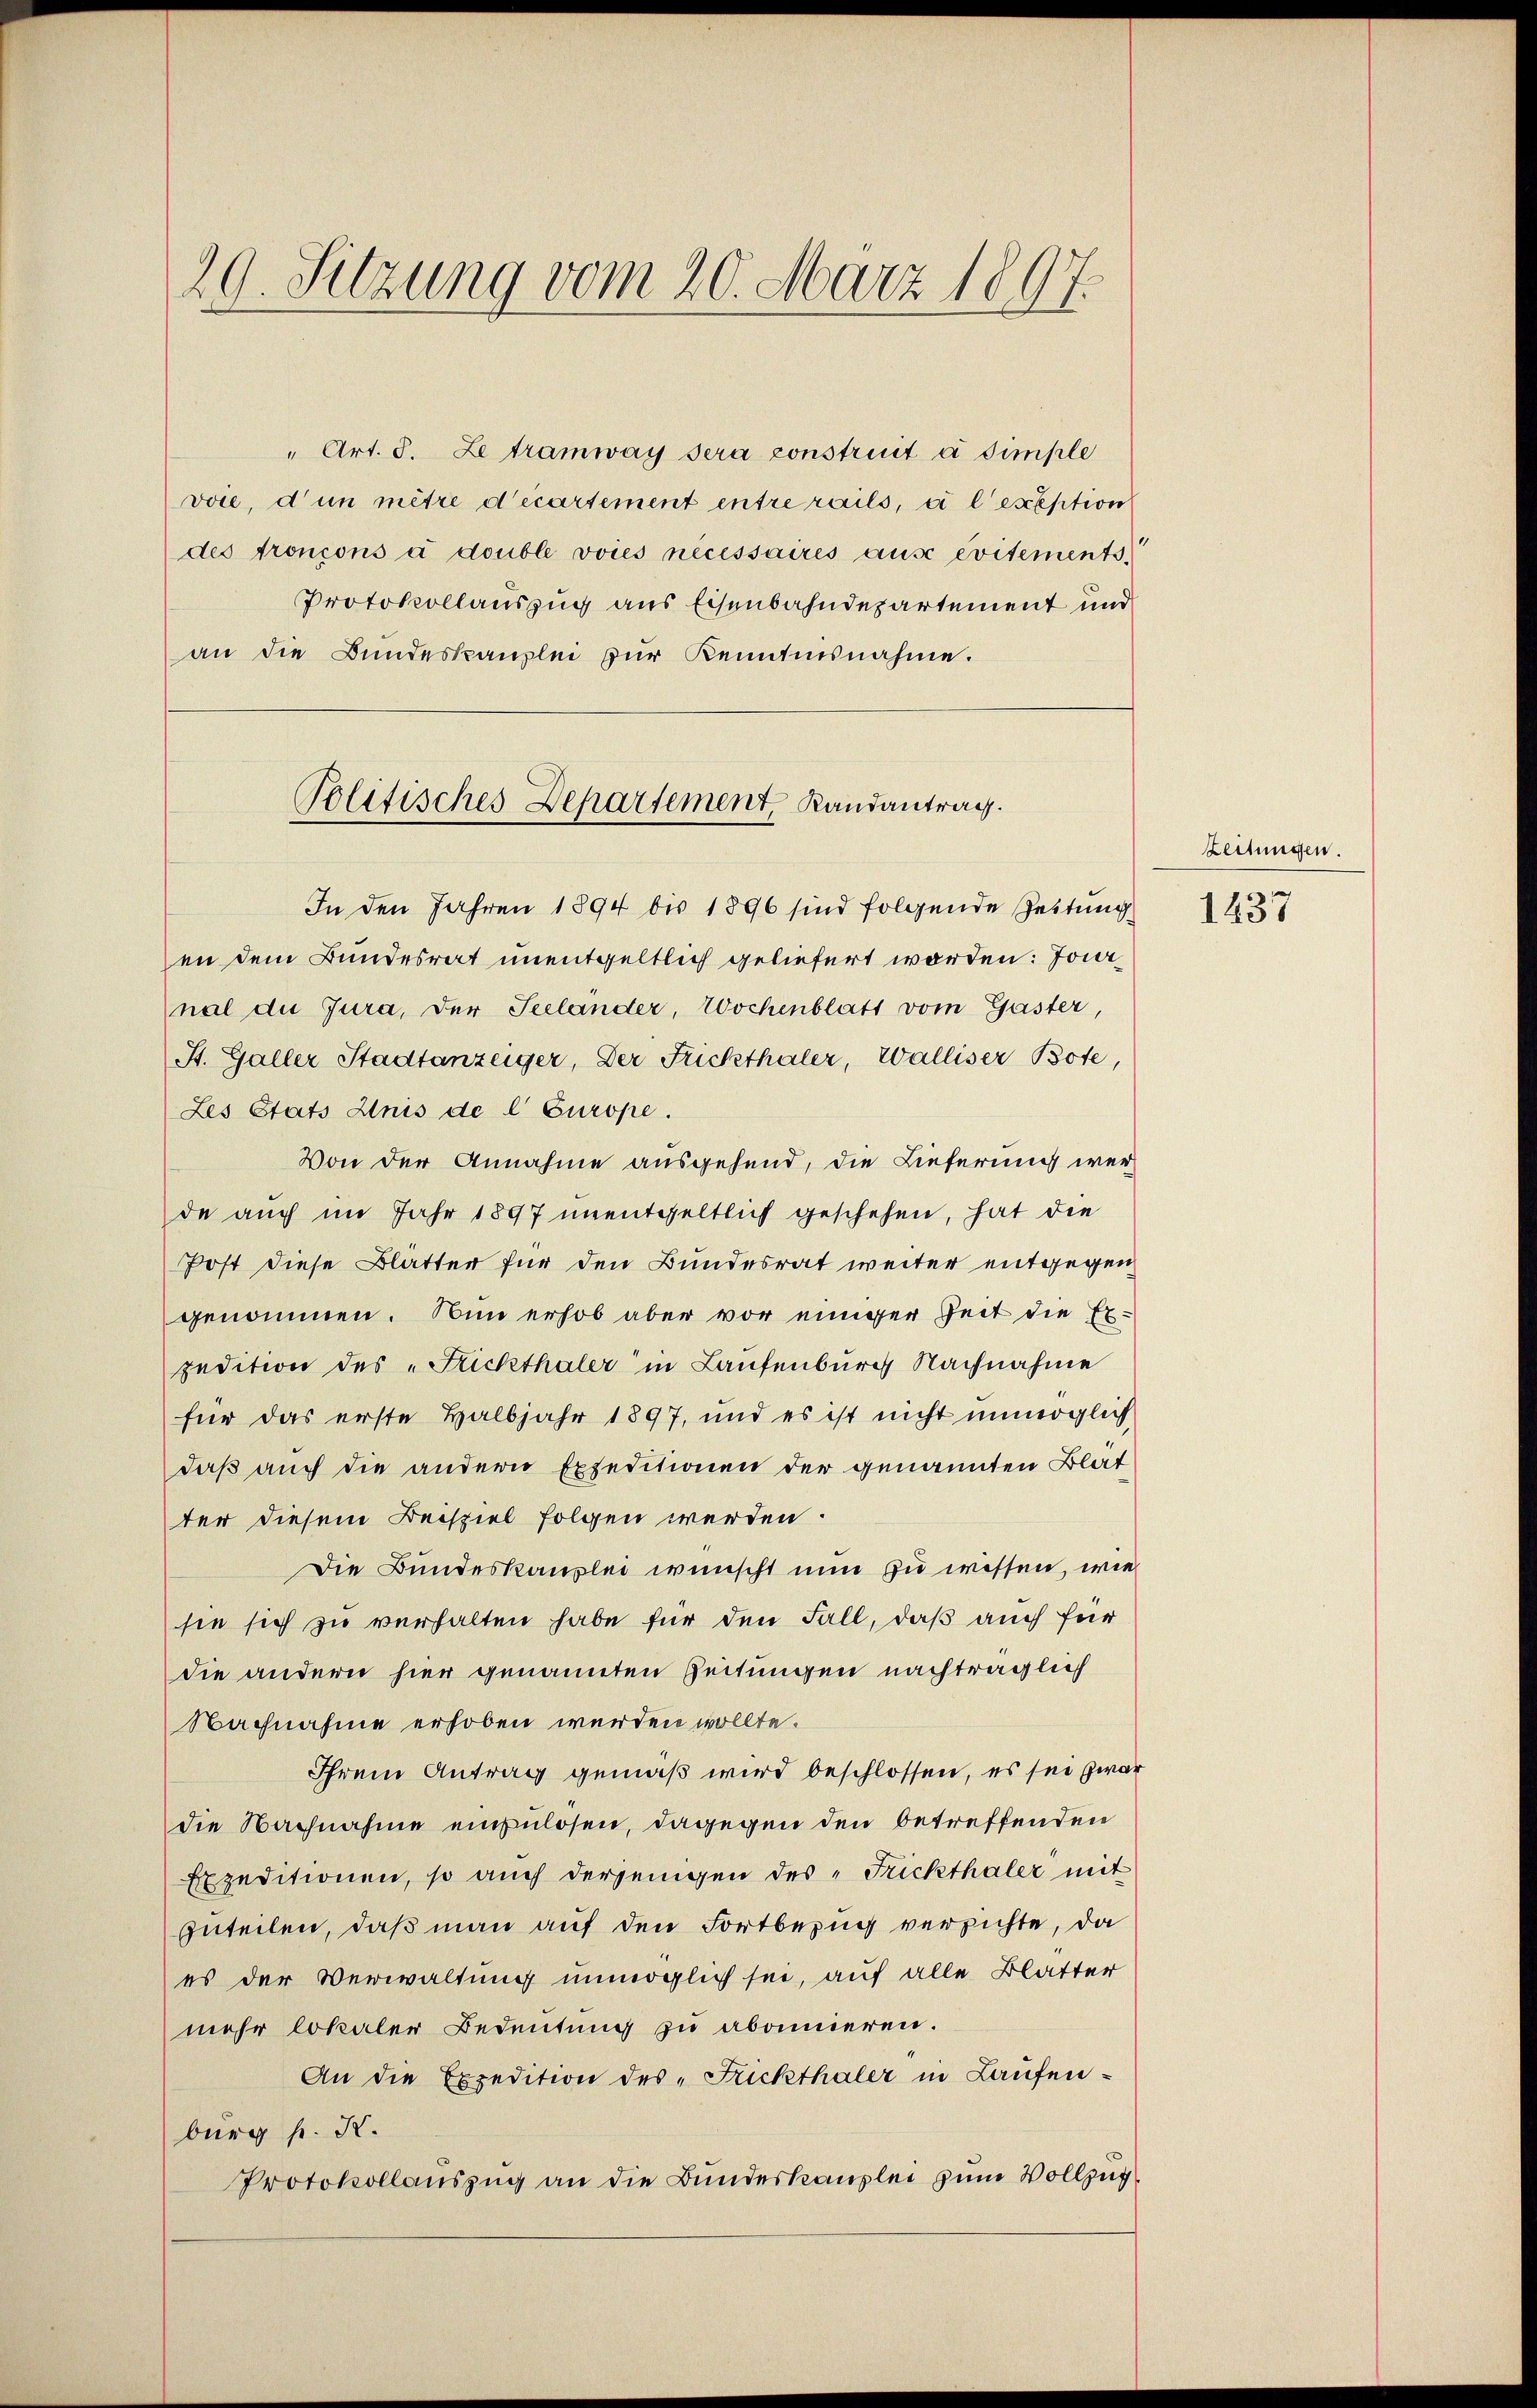
29. Sitzung vom 20. März 1897.

" Art. 3. Le tramway sera construit à simple
voie, d’un mitre d’écartement entrerails, à l’exception
des froncons à double voies nécessaires ause evitements
Protokollauszug aus Eisenbahndepartement und
an die Bŭndeskanzlei zŭr Kenntnisnahme.
Politisches Departement, Randantrag.

In den Jahren 1894 bis 1896 sind folgende Zeitung
en dem Bundesrat unentgeltlich geliefert worden: Jonal die Jura, der Seelander, Wochenblatt vom Gaster
St. Galler Stadtanzeiger, Der Frickthaler, Walliser Bote,
Les Stats Anis de l Europe.
Von der Annahme ausgehend, die Lieferung werde auch im Jahr 1897 unentgeltlich geschehen, hat die
Post diese Blätter für den Bundesrat weiter entgegen
genommen. Nun erhob aber vor einiger Zeit die Expedition des „Rickthaler in Laufenburg Nachnahme
für das erste Halbjahr 1897, und es ist nicht unmöglich
daß auch die andern Expeditionen der genannten Blat
ter diesem Beispiel folgen werden.
Die Bundeskanzlei wünscht nun zu wissen, wie
sie sich zu verhalten habe für den Fall, daß auch für
die andern hier genannten Zeitungen nachträglich
Nachnahme erhoben werden wollte.
Ihrem Antrag gemäß wird beschlossen, es sei zwar
die Nachnahme einzulösen, dagegen den betreffenden
Expeditionen, so auch derjenigen des „Frickthaler mit
zuteilen, daß man auf den Fortbezug verzichte, da
es der Verwaltung unmöglich sei, auf alle Blatter
mehr lokaler Bedeutung zu abonnieren.
An die Expedition des „Frickthaler in Laufenburg pr. K.
Protokollauszug an die Bundeskanzlei zum Vollzug¬

Zeitungen.
1437